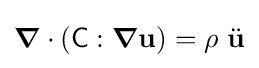
{\boldsymbol {\nabla }}\cdot ({\mathsf {C}}:{\boldsymbol {\nabla }}\mathbf {u} )=\rho ~{\ddot {\mathbf {u} }}